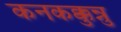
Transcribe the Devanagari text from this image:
कनकक्कुन्नु